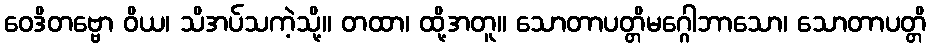
ဝေဒိတဗ္ဗော ဝိယ၊ သိအပ်သကဲ့သို့။ တထာ၊ ထို့အတူ။ သောတာပတ္တိမဂ္ဂေါဘာသော၊ သောတာပတ္တိ